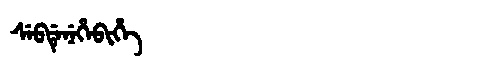
Manchu: ᠰᡝᠪᡩᡝᠨᡝᡥᡝᠪᡳᡥᡝ
Romanization: SEBDENEHEBIHE